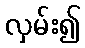
လှမ်း၍